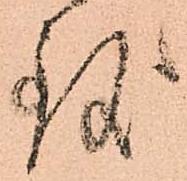
致